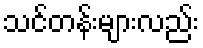
သင်တန်းများလည်း